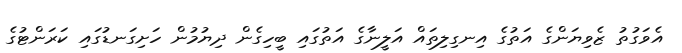
އެވަގުތު ޒެވިޔަންގެ އަތުގެ އިނގިލިތައް އަލީނާގެ އަތުގައި ބީހިގެން ދިޔުމުން ހަށިގަނޑުގައި ކަރަންޓުގެ